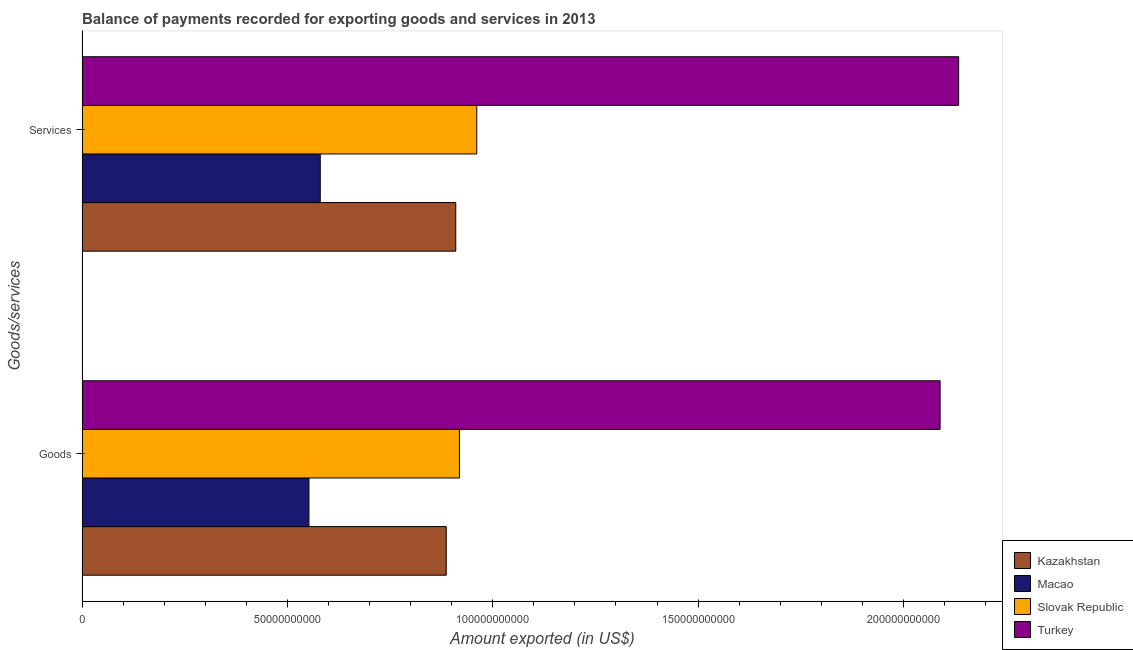
| Goods/services | Kazakhstan | Macao | Slovak Republic | Turkey |
 | --- | --- | --- | --- | --- |
 | Goods | 8.87e+10 | 5.53e+10 | 9.19e+10 | 2.09e+11 |
 | Services | 9.1e+10 | 5.8e+10 | 9.61e+10 | 2.13e+11 |